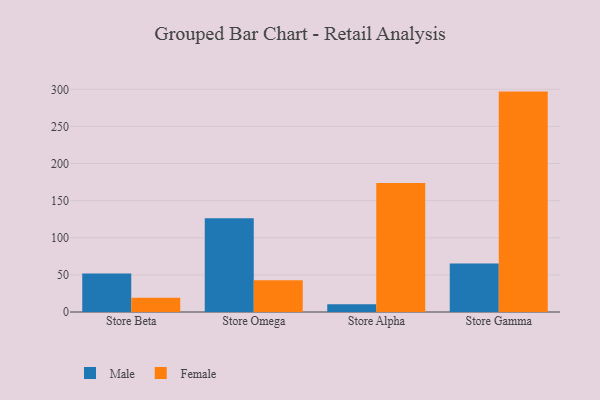
{"axis": {"x": "Store", "y": "Active Users"}, "legend": ["Female", "Male"], "data": [{"x": "Store Beta", "y": 51.9, "type": "Male"}, {"x": "Store Beta", "y": 19.3, "type": "Female"}, {"x": "Store Omega", "y": 126.3, "type": "Male"}, {"x": "Store Omega", "y": 42.9, "type": "Female"}, {"x": "Store Alpha", "y": 10.6, "type": "Male"}, {"x": "Store Alpha", "y": 173.9, "type": "Female"}, {"x": "Store Gamma", "y": 65.2, "type": "Male"}, {"x": "Store Gamma", "y": 296.9, "type": "Female"}]}